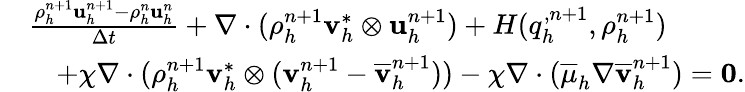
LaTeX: \begin{array}{rl}&{\frac{\rho_{h}^{n+1}\mathbf u_{h}^{n+1}-\rho_{h}^{n}\mathbf u_{h}^{n}}{\Delta t}+\nabla\cdot(\rho_{h}^{n+1}\mathbf v_{h}^{*}\otimes\mathbf u_{h}^{n+1})+H(q_{h}^{,n+1},\rho_{h}^{n+1})}\\ &{\quad+\chi\nabla\cdot(\rho_{h}^{n+1}\mathbf v_{h}^{*}\otimes(\mathbf v_{h}^{n+1}-\overline{{\mathbf v}}_{h}^{n+1}))-\chi\nabla\cdot(\overline{{\mu}}_{h}\nabla\overline{{\mathbf v}}_{h}^{n+1})=\boldsymbol{0}.}\end{array}